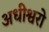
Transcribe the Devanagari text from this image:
अधीश्वरो